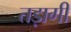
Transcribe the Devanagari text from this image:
तड़ागी